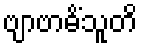
ဗျာဗာဓိံသူတိ